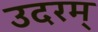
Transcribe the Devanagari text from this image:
उदरम्‌